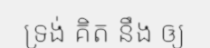
ទ្រង់ គិត នឹង ឲ្យ